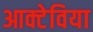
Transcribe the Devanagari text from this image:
आक्टेविया